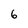
Character: 6